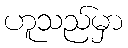
ဟူသည်မှာ